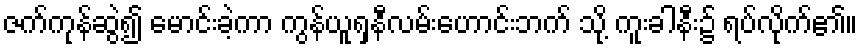
ဇက်ကုန်ဆွဲ၍ မောင်းခဲ့ကာ ကွန်ယူရှနီလမ်းဟောင်းဘက် သို့ ကူးခါနီး၌ ရပ်လိုက်၏။